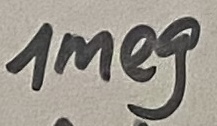
Text: 1meg